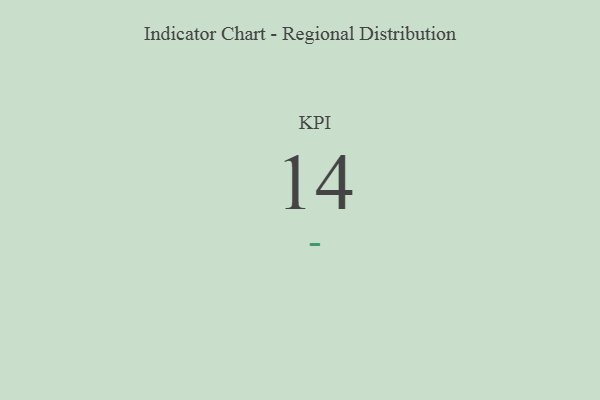
{"axis": {"x": "KPI", "y": "Value"}, "legend": [""], "data": [{"x": "KPI", "y": 14, "type": ""}]}